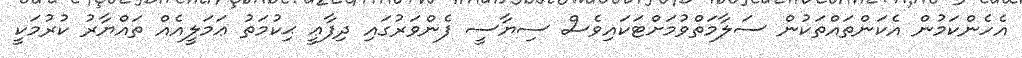
އެހެންކަމުން އެކަންތައްތަކުން ސަލާމަތްވުމަށްޓަކައިވެސް ސިޔާސީ ފެންވަރުގައި ދިފާޢީ ޙިކުމަތު ޢަމަލީއެއް ތައްޔާރު ކުރުމަކީ